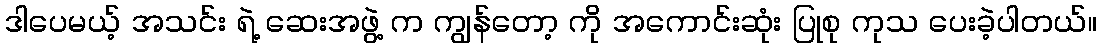
ဒါပေမယ့် အသင်း ရဲ့ ဆေးအဖွဲ့ က ကျွန်တော့ ကို အကောင်းဆုံး ပြုစု ကုသ ပေးခဲ့ပါတယ်။